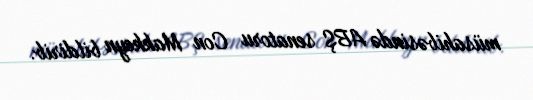
müsahibəsində ABŞ senatoru Con Makkeyn bildirib.